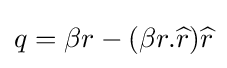
q=\beta r-(\beta r.{\widehat {r}}){\widehat {r}}